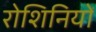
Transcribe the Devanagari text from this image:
रोशिनियों